Civil Veterinary Department. Madras. Admin. report 1926-33 - 1926-1933
Year: 1926
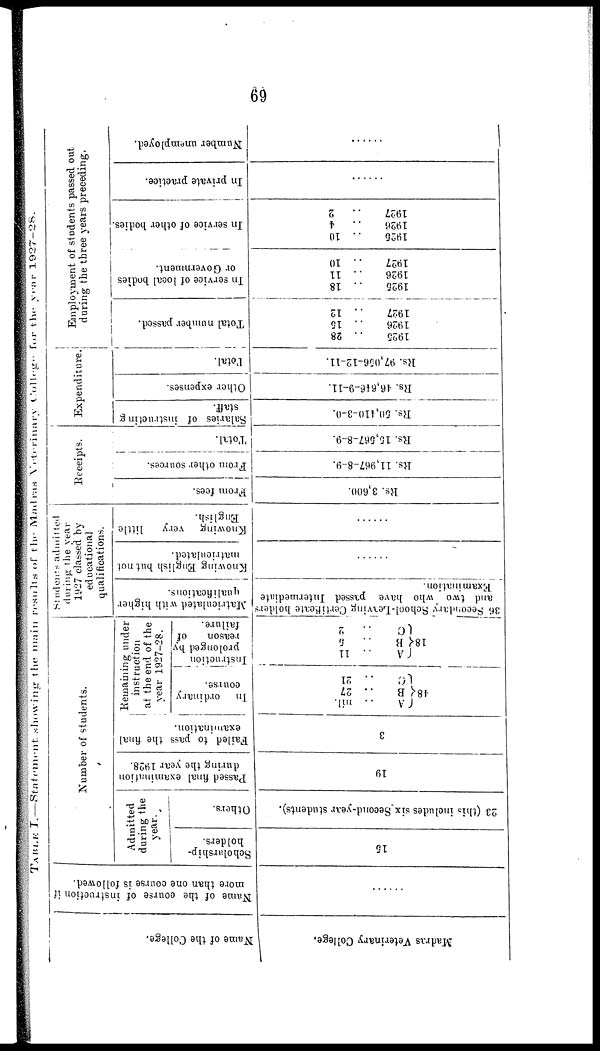
69
TABLE I.—Statement showing the main results of the Madrns Veterinary College
for the year 1927-28.
Name of the College.
Madras Veterinary College.
1
Name of the course of instruction if
more than one course is followed.
......
Number of students.
Admitted
during the
year.
Soholurship-
holders.
16
Others.
23 (this includes six Second-year students).
Passed final examination
during the year 1928.
19
Failed to pass the final
examination.
3
Remaining under
instruction
at the end of the
year 1927-28.
In ordinary
course.
(A .. nil.
48 B .. 27
C
.. 21
Instruction
prolonged by
reason
of
failure.
A .. 11
18 B
5
C ..
2
Students admitted
during the year
1927 classed by
educational
qualifications.
Matriculated with higher
qualifications.
36 Secondary School-Leaving Certificate holders
and two who have passed Intermediate
Examination.
Knowing English but not
matriculated.
......
Knowing very little
English.
......
Receipts.
From fees.
Rs. 3,600.
From other sources.
Rs. 11,967-8-9.
Total.
Rs. 15,567-8-9.
Expenditure.
Salaries of instructing
staff.
Rs. 50,410-3-0.
Other expenses.
Rs. 46,646-9-11.
Total.
Rs. 97,056-12-11.
Employment of students passed out
during the three years preceding.
Total number passed.
1925 .. 28
1926 .. 10
1927 .. 12
In service of local bodies
or Government.
1926 .. 18
1926 .. 11
1927 .. 10
In service of other bodies.
1926 .. 10
1926 ..
4
1927 ..
2
In private practice.
.....
Number unemployed.
......